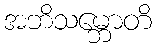
အဘိသမ္ဘောတိ